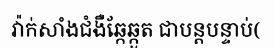
វ៉ាក់សាំងជំងឺឆ្កែឆ្កួត ជាបន្តបន្ទាប់(